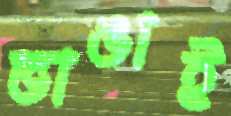
ভাঙাই